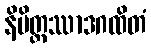
နိမိတ္တဿာဒဂထိတံ